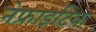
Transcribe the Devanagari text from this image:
नेफ्राइटिक